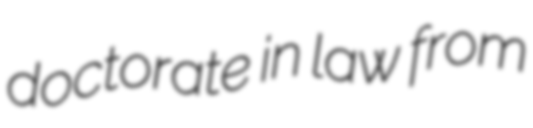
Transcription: doctorate in law from